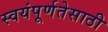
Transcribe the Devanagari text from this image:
स्वयंपूर्णतेसाठी